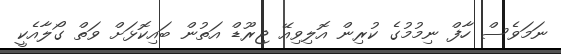
ނަމަވެސް ހާފް ނިމުމުގެ ކުރިން އޮލިވިއޭ ޖިރޫޑް އަތުން ބައިކޮޅަށް ވަތް ގޯލާއެކީ